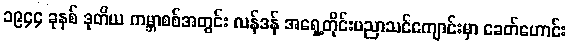
၁၉၄၄ ခုနှစ် ဒုတိယ ကမ္ဘာစစ်အတွင်း လန်ဒန် အရှေ့တိုင်းပညာသင်ကျောင်းမှာ ခေတ်ဟောင်း